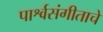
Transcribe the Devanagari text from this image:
पार्श्वसंगीताचे